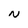
Character: N